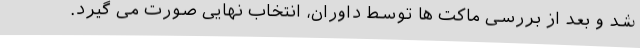
شد و بعد از بررسی ماکت ها توسط داوران، انتخاب نهایی صورت می گیرد.